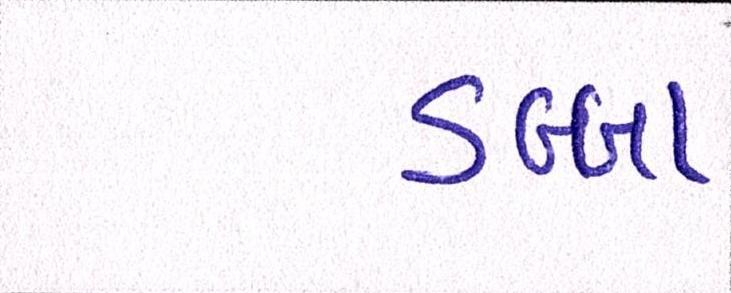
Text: ડબ્બા